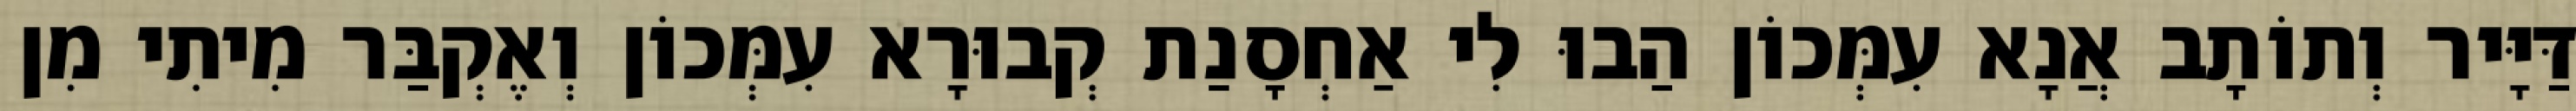
דַּיָּיר וְתוֹתָב אֲנָא עִמְּכוֹן הַבוּ לִי אַחְסָנַת קְבוּרָא עִמְּכוֹן וְאֶקְבַּר מִיתִי מִן